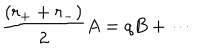
LaTeX: \frac { ( r _ { + } + r _ { - } ) } { 2 } A = q B + \cdots